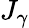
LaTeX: J_{\gamma}